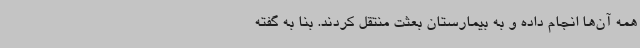
همه آن‌ها انجام داده و به بیمارستان بعثت منتقل کردند. بنا به گفته